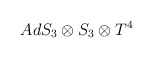
\begin{align*}AdS_{3}\otimes S_{3}\otimes T^{4}\protect\end{align*}